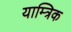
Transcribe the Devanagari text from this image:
याम्त्रिक